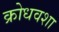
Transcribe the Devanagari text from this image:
क्रोधवशा